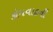
કોમવાદની